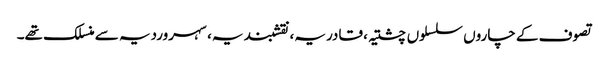
تصوف کے چاروں سلسلوں چشتیہ، قادریہ، نقشبندیہ، سہروردیہ سے منسلک تھے۔